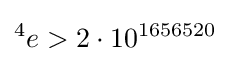
{}^{4}e>2\cdot 10^{1656520}